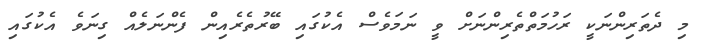
މި ދެތަރިންނަކީ ރަހުމަތްތެރިންނަށް ވީ ނަމަވެސް އެކުގައި ބޭރުތެރެއިން ފެންނަލެއް ގިނަވެ އެކުގައި